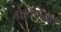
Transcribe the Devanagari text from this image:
कंथडनाथ